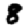
Digit: 8